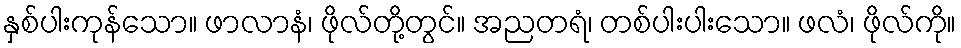
နှစ်ပါးကုန်သော။ ဖာလာနံ၊ ဖိုလ်တို့တွင်။ အညတရံ၊ တစ်ပါးပါးသော။ ဖလံ၊ ဖိုလ်ကို။